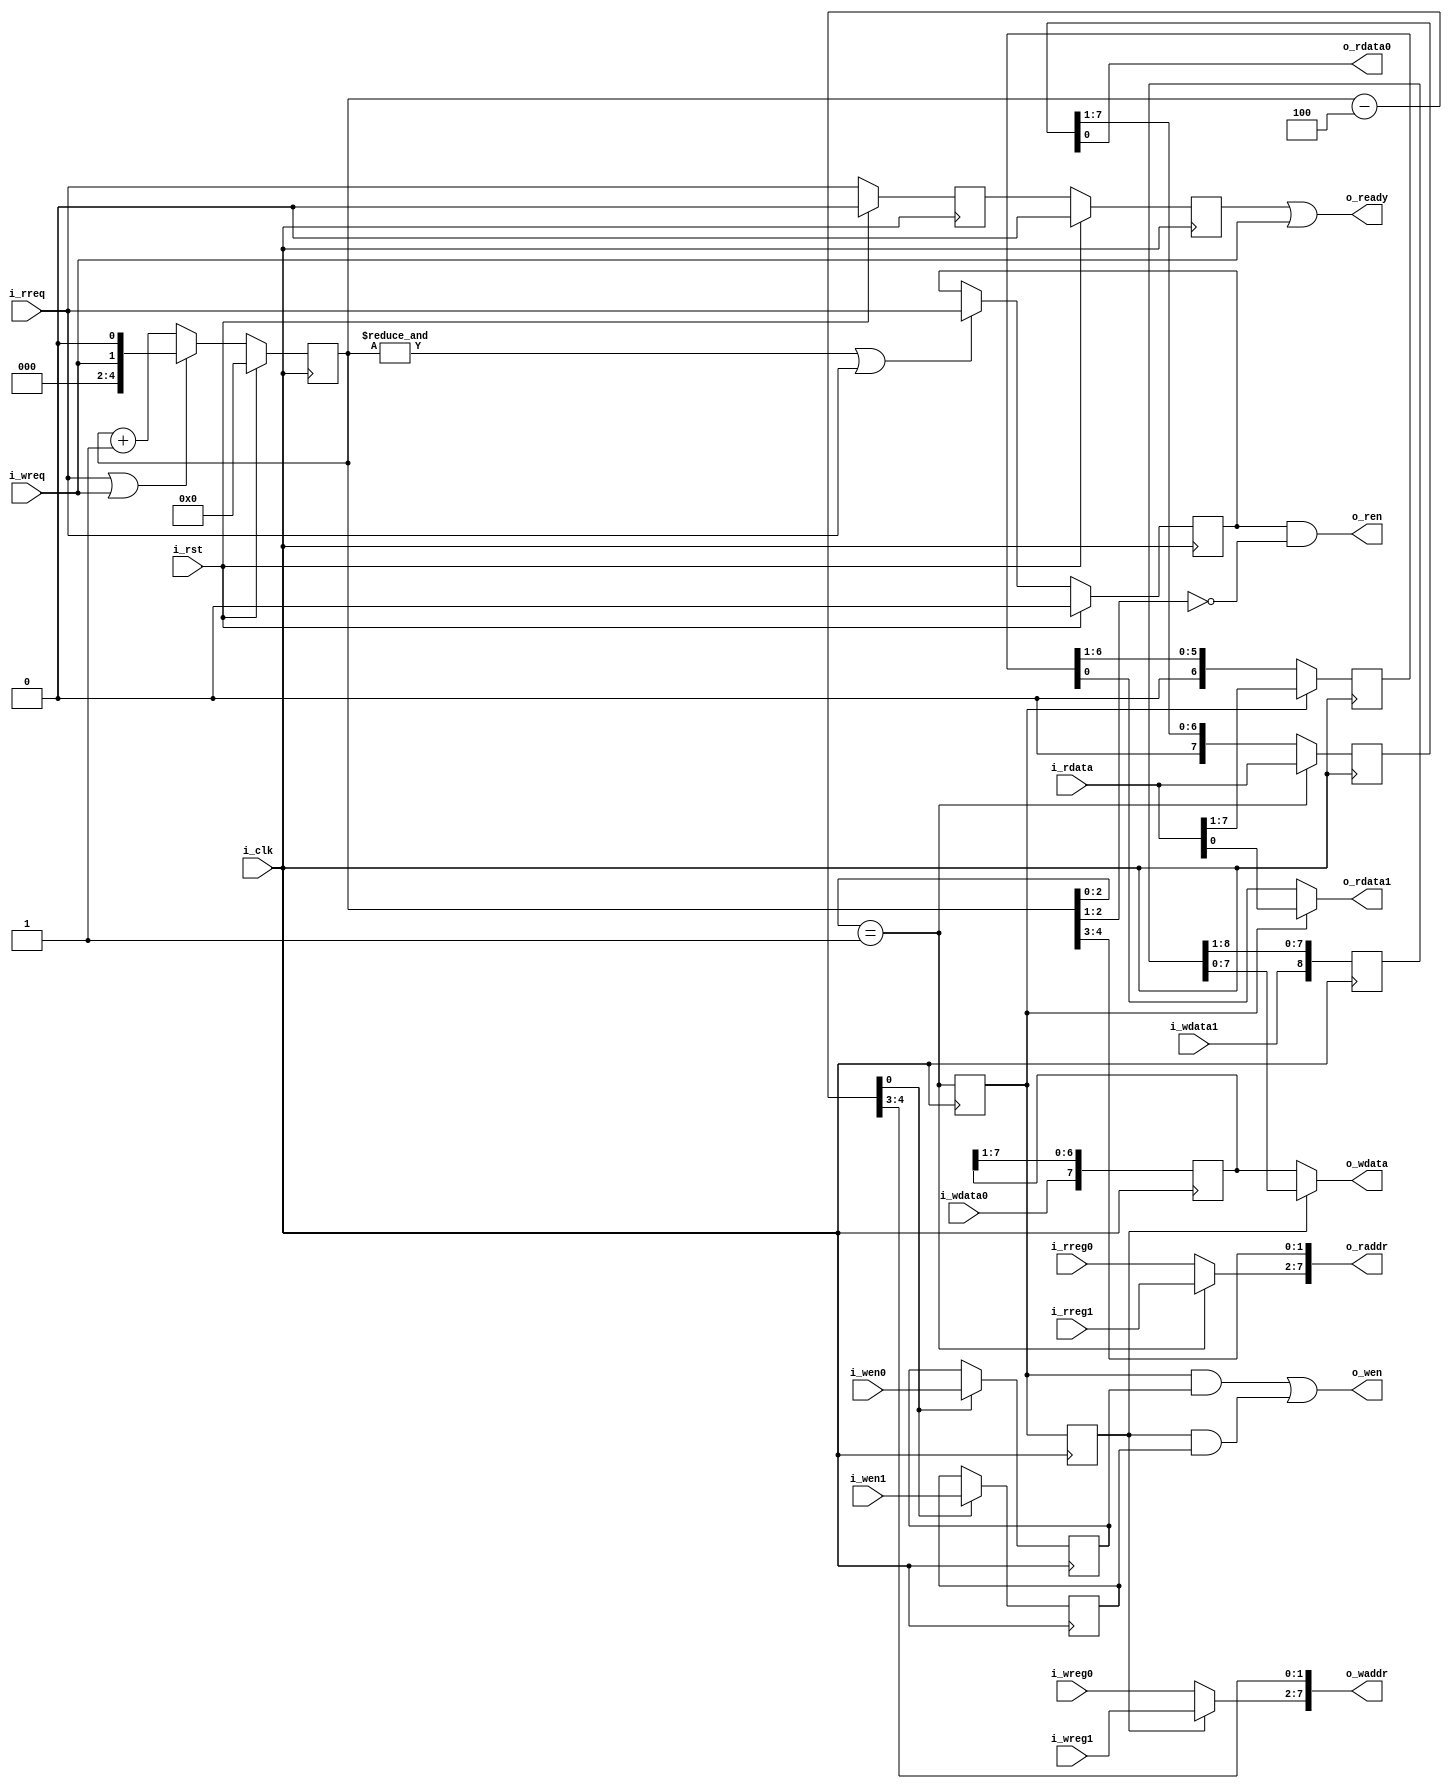
`default_nettype none
module serv_rf_ram_if
  #(//Data width. Adjust to preferred width of SRAM data interface
    parameter width=8,

    parameter W = 1,
    //Select reset strategy.
    // "MINI" for resetting minimally required FFs
    // "NONE" for relying on FFs having a defined value on startup
    parameter reset_strategy="MINI",

    //Number of CSR registers. These are allocated after the normal
    // GPR registers in the RAM.
    parameter csr_regs=4,

    //Internal parameters calculated from above values. Do not change
    parameter B=W-1,
    parameter raw=$clog2(32+csr_regs), //Register address width
    parameter l2w=$clog2(width), //log2 of width
    parameter aw=5+raw-l2w) //Address width
  (
   //SERV side
   input wire		   i_clk,
   input wire		   i_rst,
   input wire		   i_wreq,
   input wire		   i_rreq,
   output wire		   o_ready,
   input wire [raw-1:0]	   i_wreg0,
   input wire [raw-1:0]	   i_wreg1,
   input wire		   i_wen0,
   input wire		   i_wen1,
   input wire [B:0]	   i_wdata0,
   input wire [B:0]	   i_wdata1,
   input wire [raw-1:0]	   i_rreg0,
   input wire [raw-1:0]	   i_rreg1,
   output wire [B:0]	   o_rdata0,
   output wire [B:0]	   o_rdata1,
   //RAM side
   output wire [aw-1:0]	   o_waddr,
   output wire [width-1:0] o_wdata,
   output wire		   o_wen,
   output wire [aw-1:0]	   o_raddr,
   output wire		   o_ren,
   input wire [width-1:0]  i_rdata);

   localparam ratio = width/W;
   localparam CMSB = 4-$clog2(W); //Counter MSB
   localparam l2r  = $clog2(ratio);

   reg 				   rgnt;
   assign o_ready = rgnt | i_wreq;
   reg [CMSB:0] 	  rcnt;

   reg 		  rtrig1;
   /*
    ********** Write side ***********
    */

   wire [CMSB:0] 	     wcnt;

   reg [width-1:0]   wdata0_r;
   reg [width+W-1:0]   wdata1_r;

   reg 		     wen0_r;
   reg 		     wen1_r;
   wire 	     wtrig0;
   wire 	     wtrig1;

   assign wtrig0 = rtrig1;

   generate if (ratio == 2) begin : gen_wtrig_ratio_eq_2
      assign wtrig1 =  wcnt[0];
   end else begin : gen_wtrig_ratio_neq_2
      reg wtrig0_r;
      always @(posedge i_clk) wtrig0_r <= wtrig0;
      assign wtrig1 = wtrig0_r;
   end
   endgenerate

   assign 	     o_wdata = wtrig1 ?
			       wdata1_r[width-1:0] :
			       wdata0_r;

   wire [raw-1:0] wreg  = wtrig1 ? i_wreg1 : i_wreg0;
   generate if (width == 32) begin : gen_w_eq_32
      assign o_waddr = wreg;
   end else begin : gen_w_neq_32
      assign o_waddr = {wreg, wcnt[CMSB:l2r]};
   end
   endgenerate

   assign o_wen = (wtrig0 & wen0_r) | (wtrig1 & wen1_r);

   assign wcnt = rcnt-4;

   always @(posedge i_clk) begin
      if (wcnt[0]) begin
	 wen0_r    <= i_wen0;
	 wen1_r    <= i_wen1;
      end

      wdata0_r  <= {i_wdata0,wdata0_r[width-1:W]};
      wdata1_r  <= {i_wdata1,wdata1_r[width+W-1:W]};

   end

   /*
    ********** Read side ***********
    */


   wire 	  rtrig0;

   wire [raw-1:0] rreg = rtrig0 ? i_rreg1 : i_rreg0;
   generate if (width == 32) begin : gen_rreg_eq_32
      assign o_raddr = rreg;
   end else begin : gen_rreg_neq_32
      assign o_raddr = {rreg, rcnt[CMSB:l2r]};
   end
   endgenerate

   reg [width-1:0]  rdata0;
   reg [width-1-W:0]  rdata1;

   reg 		    rgate;

   assign o_rdata0 = rdata0[B:0];
   assign o_rdata1 = rtrig1 ? i_rdata[B:0] : rdata1[B:0];

   assign rtrig0 = (rcnt[l2r-1:0] == 1);

   generate if (ratio == 2) begin : gen_ren_w_eq_2
      assign o_ren = rgate;
   end else begin : gen_ren_w_neq_2
      assign o_ren = rgate & (rcnt[l2r-1:1] == 0);
   end
   endgenerate

   reg 	      rreq_r;

   generate if (ratio > 2) begin : gen_rdata1_w_neq_2
      always @(posedge i_clk) begin
	 rdata1 <= {{W{1'b0}},rdata1[width-W-1:W]};
	 if (rtrig1)
	   rdata1[width-W-1:0] <= i_rdata[width-1:W];
      end
   end else begin : gen_rdata1_w_eq_2
      always @(posedge i_clk) if (rtrig1) rdata1 <= i_rdata[W*2-1:W];
   end
   endgenerate

   always @(posedge i_clk) begin
      if (&rcnt | i_rreq)
	rgate <= i_rreq;

      rtrig1 <= rtrig0;
      rcnt <= rcnt+{{CMSB{1'b0}},1'b1};
      if (i_rreq | i_wreq)
	 rcnt <= {{CMSB-1{1'b0}},i_wreq,1'b0};

      rreq_r <= i_rreq;
      rgnt <= rreq_r;

      rdata0 <= {{W{1'b0}}, rdata0[width-1:W]};
      if (rtrig0)
	rdata0 <= i_rdata;

      if (i_rst) begin
	 if (reset_strategy != "NONE") begin
	    rgate <= 1'b0;
	    rgnt <= 1'b0;
	    rreq_r <= 1'b0;
	    rcnt <= {CMSB+1{1'b0}};
	 end
      end
   end



endmodule